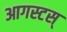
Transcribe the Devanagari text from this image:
आगस्टस्